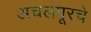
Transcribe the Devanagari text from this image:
अचलपूरचे